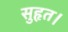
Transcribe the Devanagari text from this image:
सुहृत।